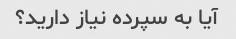
آیا به سپرده نیاز دارید؟